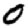
Digit: 0